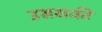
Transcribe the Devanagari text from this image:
उससकी